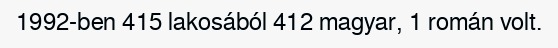
1992-ben 415 lakosából 412 magyar, 1 román volt.